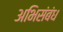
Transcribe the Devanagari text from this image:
अभिसंबंध